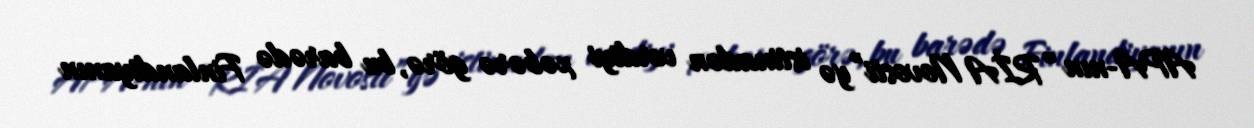
APA-nın “RİA Novosti”yə istinadən verdiyi xəbərə görə, bu barədə Finlandiyanın